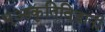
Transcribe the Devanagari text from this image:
भूआकृतिविज्ञानी